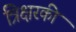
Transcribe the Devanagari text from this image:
त्रिक्षरकी